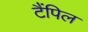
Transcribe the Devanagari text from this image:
टैंपिल